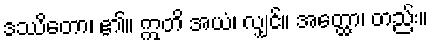
ဒဿိတော၊ ၏။ ဣတိ အယံ၊ လျှင်။ အတ္ထော၊ တည်း။